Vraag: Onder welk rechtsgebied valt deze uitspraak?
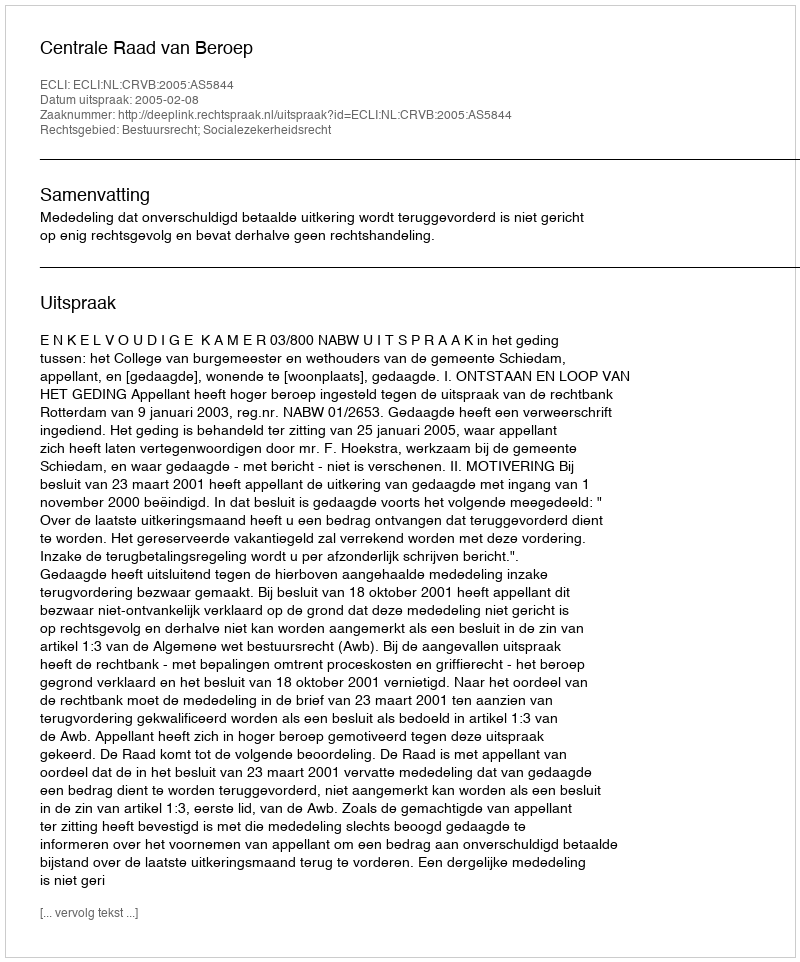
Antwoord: Bestuursrecht; Socialezekerheidsrecht